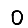
Digit: 0